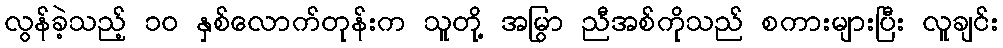
လွန်ခဲ့သည့် ၁၀ နှစ်လောက်တုန်းက သူတို့ အမြွာ ညီအစ်ကိုသည် စကားများပြီး လူချင်း